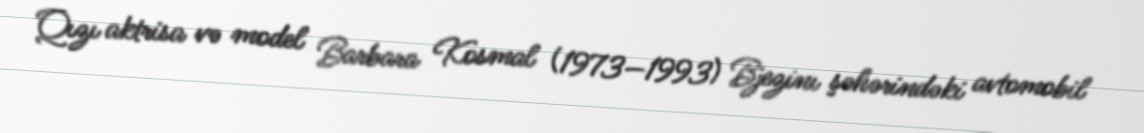
Qızı aktrisa və model Barbara Kosmal (1973—1993) Bjezinı şəhərindəki avtomobil